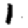
Digit: 1